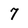
Character: 7